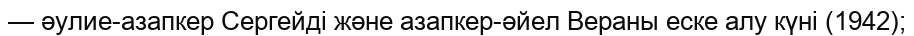
— әулие-азапкер Сергейді және азапкер-әйел Вераны еске алу күні (1942);